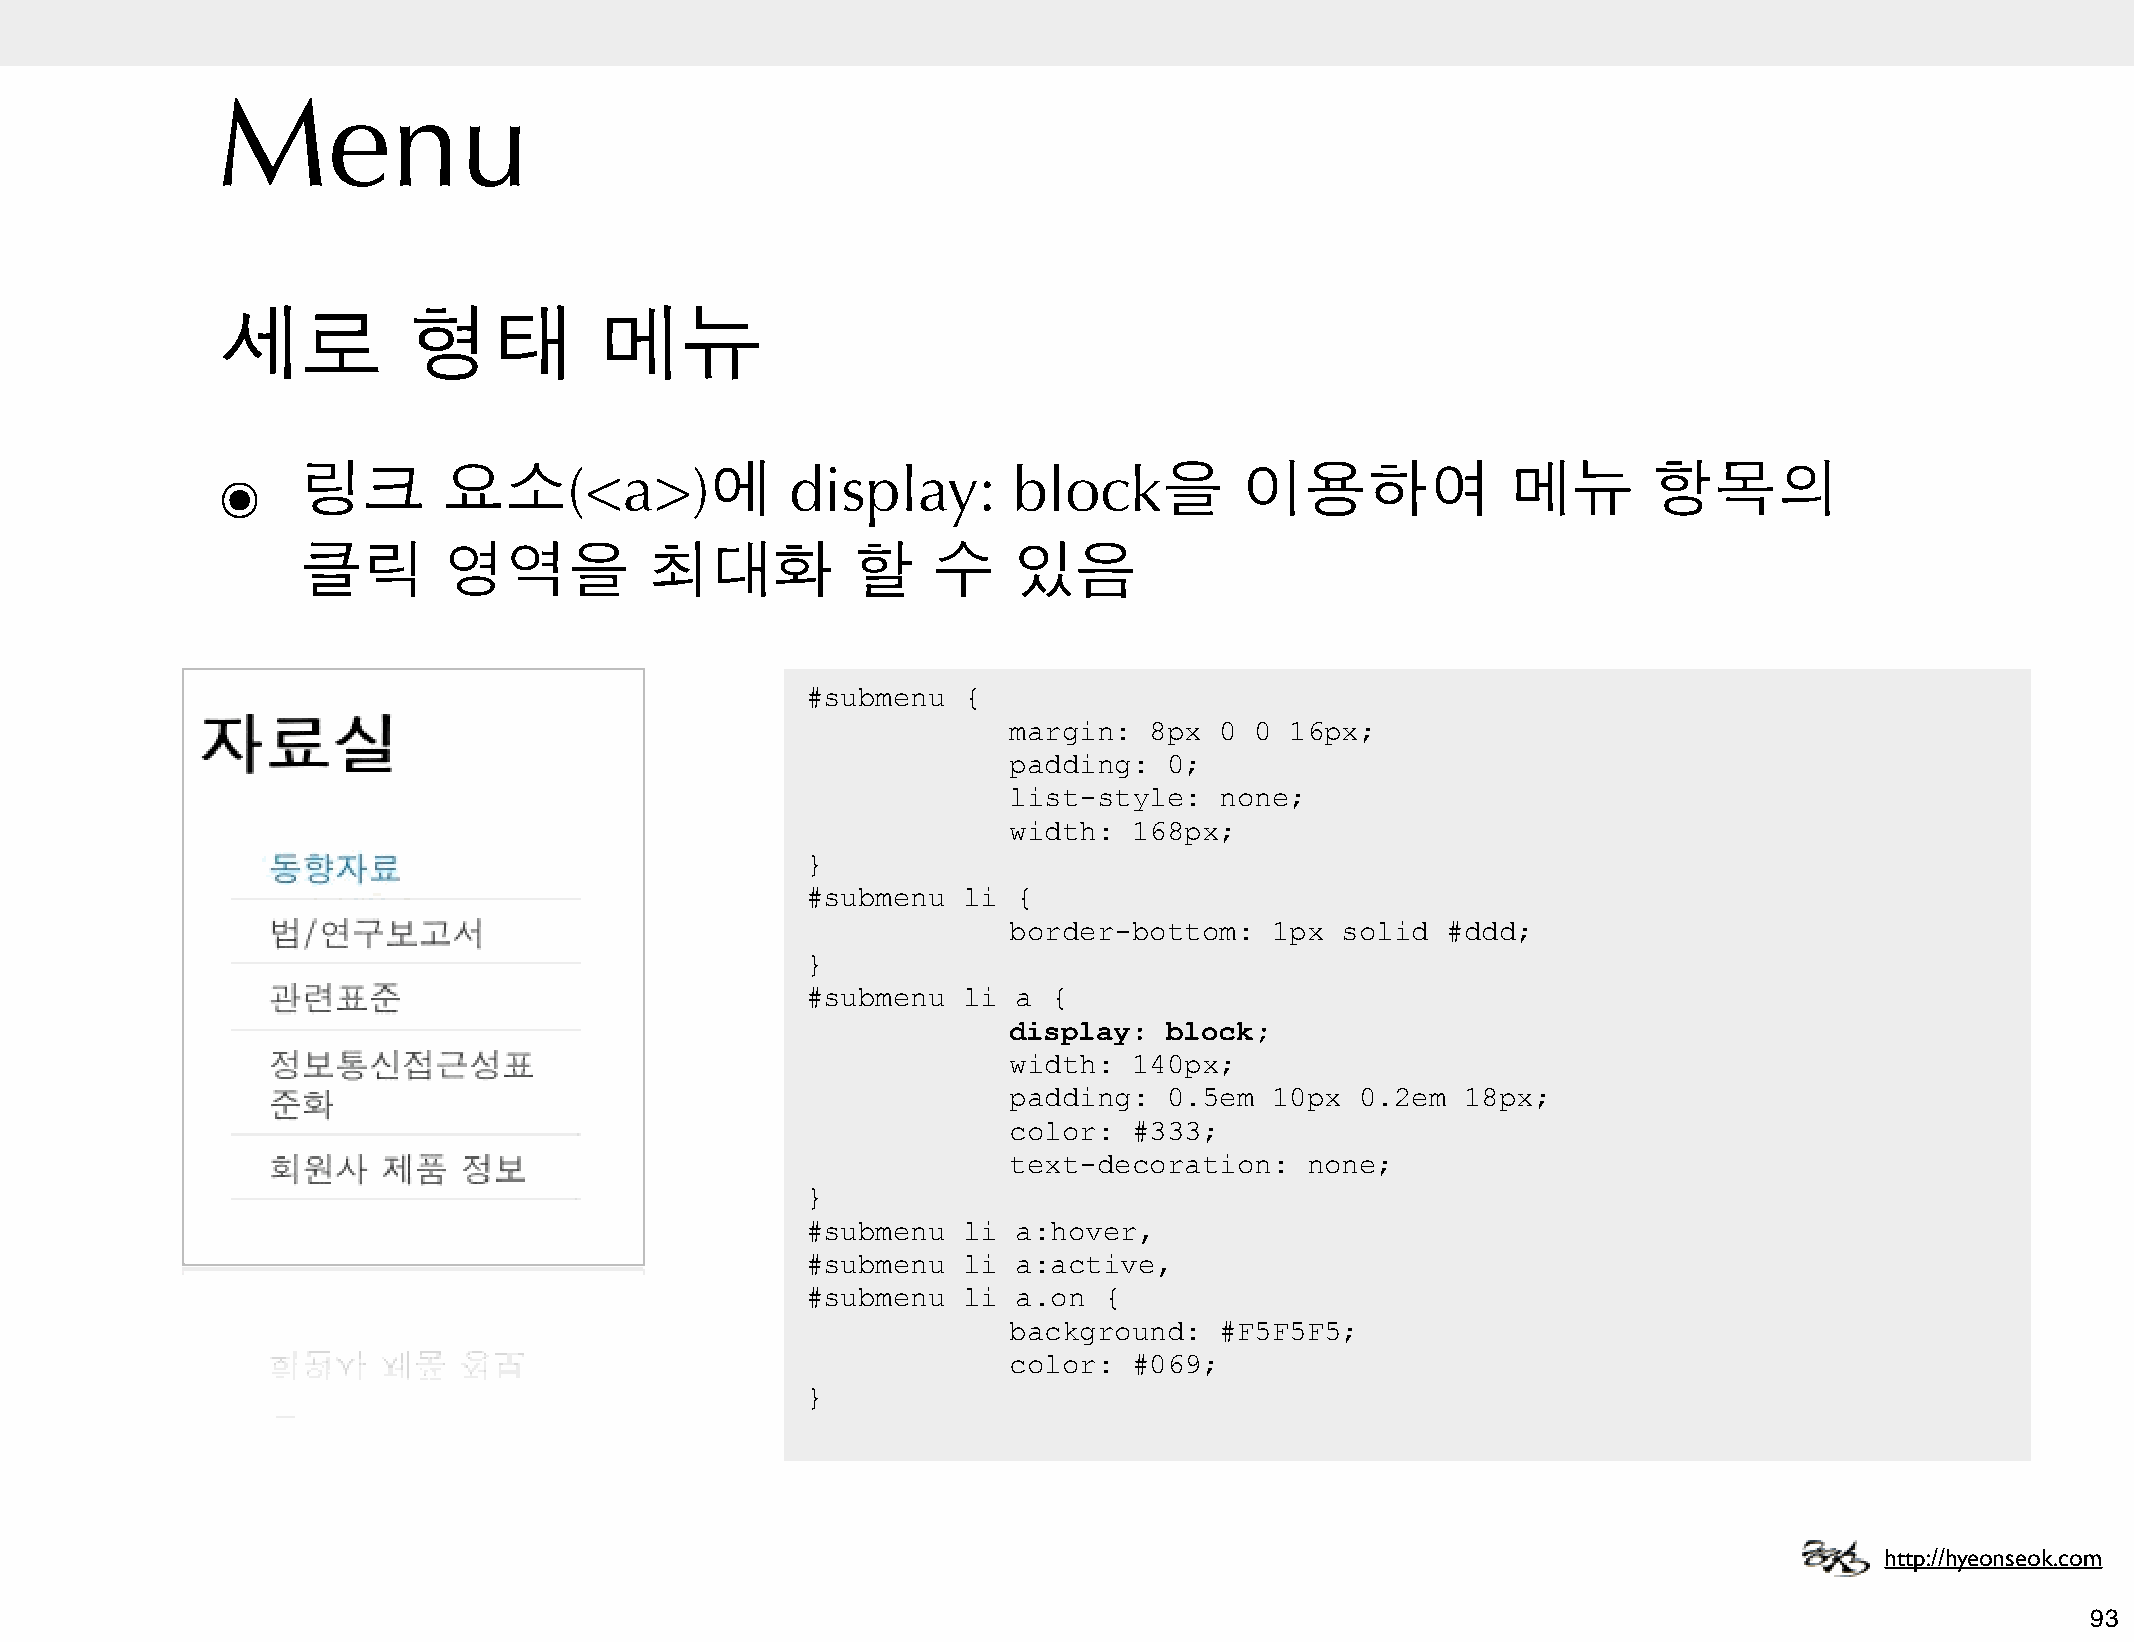
Menu
 세로           형태          메뉴
 ๏     링크       요소(<a>)에               display:       block을         이용하여              메뉴       항목의
 클릭       영역을           최대화          할     수    있음
 #submenu   {
 margin:  8px  0 0 16px;
 padding:  0;
 list-style:   none;
 width:  168px;
 }
 #submenu   li {
 border-bottom:   1px  solid  #ddd;
 }
 #submenu   li a  {
 display:  block;
 width:  140px;
 padding:  0.5em  10px  0.2em  18px;
 color:  #333;
 text-decoration:   none;
 }
 #submenu   li a:hover,
 #submenu   li a:active,
 #submenu   li a.on  {
 background:   #F5F5F5;
 color:  #069;
 }
 http://hyeonseok.com
 93